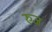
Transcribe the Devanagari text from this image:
रुज